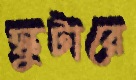
স্কুটারে